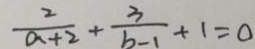
\frac { 2 } { a + 2 } + \frac { 3 } { b - 1 } + 1 = 0